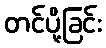
တင်ပို့ခြင်း